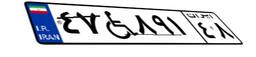
۹۳W۹۶۳۱۸